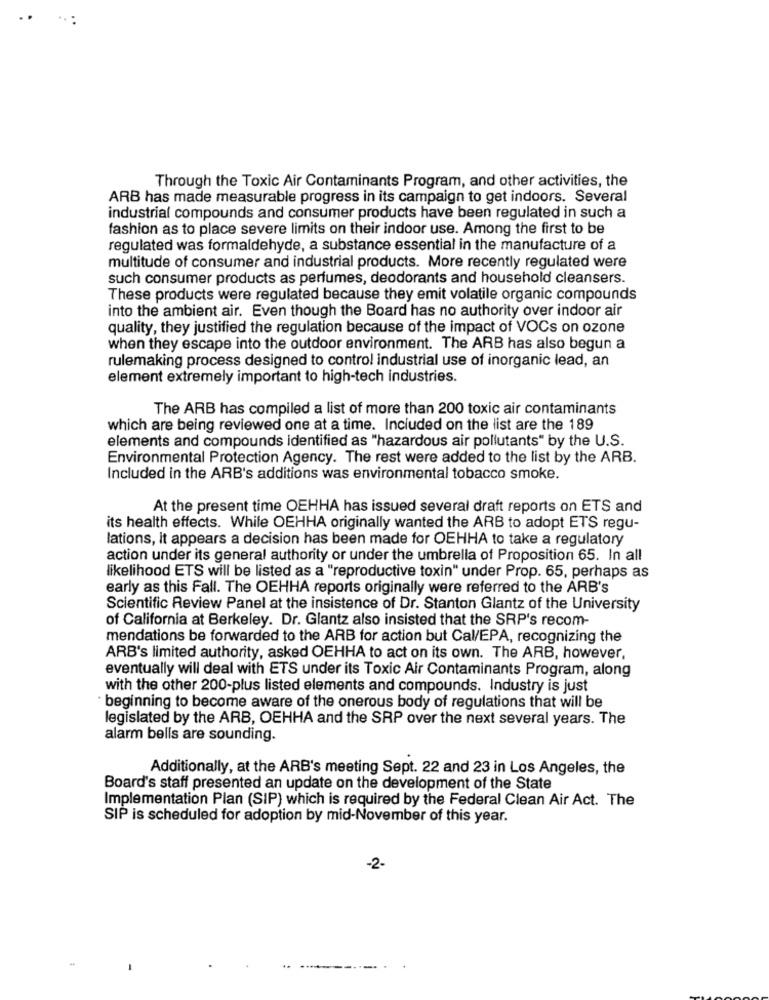
Through the Toxic Air Contaminants Program, and other activities, the
ARB has made measurable progress in its campaign to get indoors. Several
industrial compounds and consumer products have been regulated in such a
fashion as to place severe limits on their indoor use. Among the first to be
regulated was formaldehyde, a substance essential in the manufacture of a
multitude of consumer and industrial products. More recently regulated were
such consumer products as perfumes, deodorants and household cleansers.
These products were regulated because they emit volatile organic compounds
into the ambient air. Even though the Board has no authority over indoor air
quality, they justified the regulation because of the impact of VOCs on ozone
when they escape into the outdoor environment. The ARB has also begun a
rulemaking process designed to control industrial use of inorganic lead, an
element extremely important to high-tech industries.
The ARB has compiled a list of more than 200 toxic air contaminants
which are being reviewed one at a time. Included on the list are the 189
elements and compounds identified as "hazardous air pollutants" by the U.S.
Environmental Protection Agency. The rest were added to the list by the ARB.
Included in the ARB's additions was environmental tobacco smoke.
At the present time OEHHA has issued several draft reports on ETS and
its health effects. While OEHHA originally wanted the ARB to adopt ETS regu-
lations, it appears a decision has been made for OEHHA to take a regulatory
action under its general authority or under the umbrella of Proposition 65. In all
likelihood ETS will be listed as a "reproductive toxin" under Prop. 65, perhaps as
early as this Fall. The OEHHA reports originally were referred to the ARB's
Scientific Review Panel at the insistence of Dr. Stanton Glantz of the University
of California at Berkeley. Dr. Glantz also insisted that the SRP's recom-
mendations be forwarded to the ARB for action but Cal/EPA, recognizing the
ARB's limited authority, asked OEHHA to act on its own. The ARB, however,
eventually will deal with ETS under its Toxic Air Contaminants Program, along
with the other 200-plus listed elements and compounds. Industry is just
beginning to become aware of the onerous body of regulations that will be
legislated by the ARB, OEHHA and the SRP over the next several years. The
alarm bells are sounding.
Additionally, at the ARB's meeting Sept. 22 and 23 in Los Angeles, the
Board's staff presented an update on the development of the State
Implementation Plan (SIP) which is required by the Federal Clean Air Act. The
SIP is scheduled for adoption by mid-November of this year.
-2-